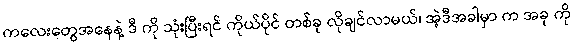
ကလေးတွေအနေနဲ့ ဒီ ကို သုံးပြီးရင် ကိုယ်ပိုင် တစ်ခု လိုချင်လာမယ်၊ အဲ့ဒီအခါမှာ က အခု ကို